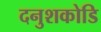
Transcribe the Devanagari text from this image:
दनुशकोडि